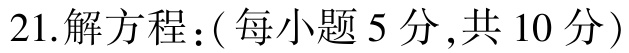
21.解方程：( 每小题 5 分 ,共 10 分 )